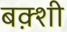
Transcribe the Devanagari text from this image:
बक़्शी